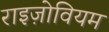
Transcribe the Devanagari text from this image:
राइज़ोवियम